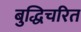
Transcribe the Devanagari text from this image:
बुद्धिचरित